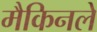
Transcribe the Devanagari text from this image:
मैकिनले